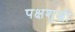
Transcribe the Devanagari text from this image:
पक्षशुद्धी